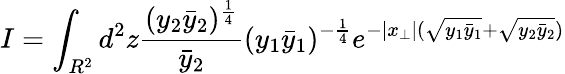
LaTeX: I=\int_{R^{2}}d^{2}z\frac{(y_{2}\bar{y}_{2})^{\frac{1}{4}}}{\bar{y}_{2}}(y_{1}\bar{y}_{1})^{-\frac{1}{4}}e^{-|x_{\perp}|(\sqrt{y_{1}\bar{y}_{1}}+\sqrt{y_{2}\bar{y}_{2}})}